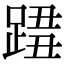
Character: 𨂓